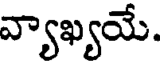
వ్యాఖ్యయే.